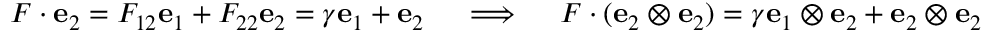
{ \boldsymbol { F } } \cdot \mathbf { e } _ { 2 } = F _ { 1 2 } \mathbf { e } _ { 1 } + F _ { 2 2 } \mathbf { e } _ { 2 } = \gamma \mathbf { e } _ { 1 } + \mathbf { e } _ { 2 } \quad \implies \quad { \boldsymbol { F } } \cdot ( \mathbf { e } _ { 2 } \otimes \mathbf { e } _ { 2 } ) = \gamma \mathbf { e } _ { 1 } \otimes \mathbf { e } _ { 2 } + \mathbf { e } _ { 2 } \otimes \mathbf { e } _ { 2 }